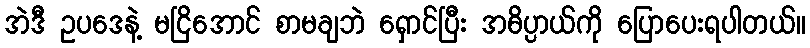
အဲဒီ ဥပဒေနဲ့ မငြိအောင် စာမချဘဲ ရှောင်ပြီး အဓိပ္ပာယ်ကို ပြောပေးရပါတယ်။